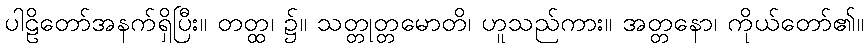
ပါဠိတော်အနက်ရှိပြီး။ တတ္ထ၊ ၌။ သတ္တုတ္တမောတိ၊ ဟူသည်ကား။ အတ္တနော၊ ကိုယ်တော်၏။